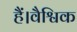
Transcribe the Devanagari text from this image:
हैं।वैश्विक